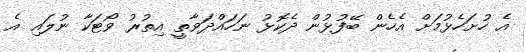
އެ ހުށަހެޅުމަށް އެހެން ބޭފުޅުން ދެކޮޅު ނަހައްދަވާތީ އިތުރު ވޯޓަކާ ނުލައި އެ